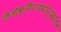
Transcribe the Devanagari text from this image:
डिऑक्सिरायबोन्युक्लिक